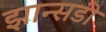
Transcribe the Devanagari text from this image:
झान्सडी